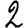
Digit: 2